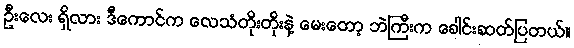
ဦးလေး ရှိလား ဒီကောင်က လေသံတိုးတိုးနဲ့ မေးတော့ ဘဲကြီးက ခေါင်းဆတ်ပြတယ်။